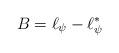
LaTeX: \begin{align*} B=\ell_\psi - \ell^*_\psi \end{align*}